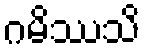
ဂမိဿသိ